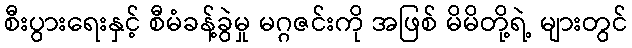
စီးပွားရေးနှင့် စီမံခန့်ခွဲမှု မဂ္ဂဇင်းကို အဖြစ် မိမိတို့ရဲ့ များတွင်